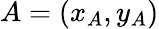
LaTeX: A=(x_{A},y_{A})